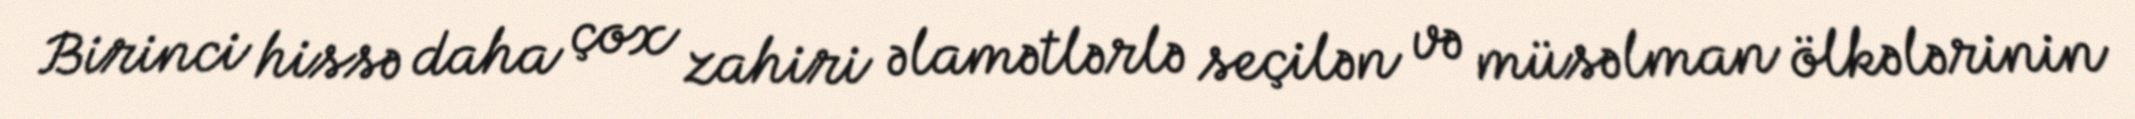
Birinci hissə daha çox zahiri əlamətlərlə seçilən və müsəlman ölkələrinin